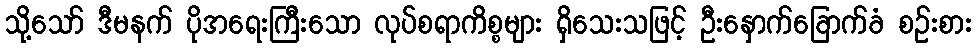
သို့သော် ဒီမနက် ပိုအရေးကြီးသော လုပ်စရာကိစ္စများ ရှိသေးသဖြင့် ဦးနှောက်ခြောက်ခံ စဉ်းစား